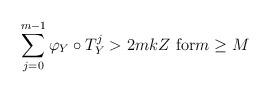
LaTeX: \begin{align*}\sum_{j=0}^{m-1}\varphi_{Y}\circ T_{Y}^{j}>2mkZ\text{ for}m\geq M\end{align*}